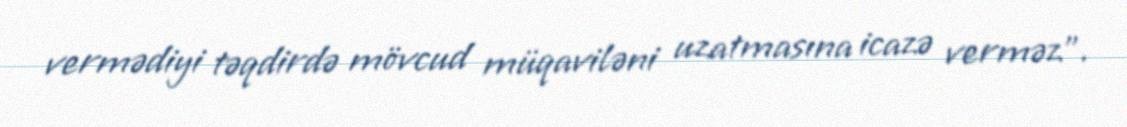
vermədiyi təqdirdə mövcud müqaviləni uzatmasına icazə verməz".